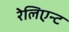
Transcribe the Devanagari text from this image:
रेलिएन्ट